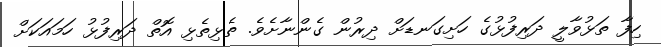
ހިފާ ތަޅުވާލީ ދަރިފުޅުގެ ހަށިގަނޑަށް ދިރުން ގެންނާށެވެ. ތެޅިތެޅި އޮތް ދަރިފުޅު ހަމައަކަށް